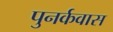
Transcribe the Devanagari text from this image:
पुनर्कवास